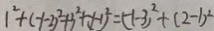
1 ^ { 2 } + ( - 1 - 2 ) ^ { 2 } + 3 ^ { 2 } + ( - 1 ) ^ { 2 } = ( - 1 - 3 ) ^ { 2 } + ( 2 - 1 ) ^ { 2 }